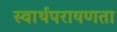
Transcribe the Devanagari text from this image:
स्वार्थपरायणता